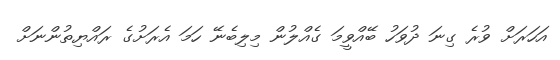
އަހަރަށް ވުރެ ގިނަ ދުވަހު ބޭއްވީމަ ގެއްލުން މިލިބެނޭ ހަމަ އެރަށުގެ ރައްޔިތުންނަށް